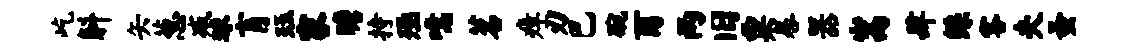
屹斛矢葱减球肓珏家瞻持殛噫茗瘴刃巴碗酉两旧粟晷器嵩肆鲧客夫蚤